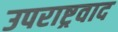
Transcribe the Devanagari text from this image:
उपराष्ट्रवाद